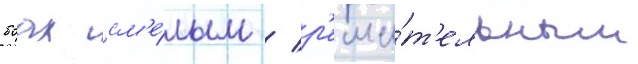
боах см'е́лым / р'еши́т'ельным